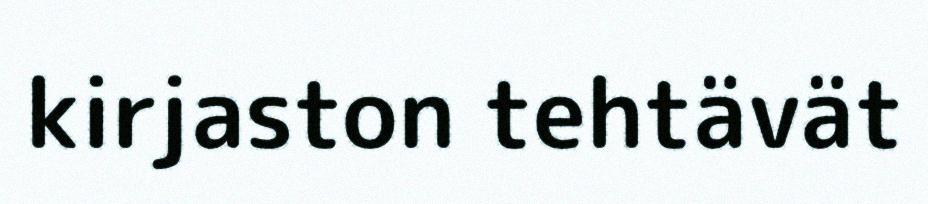
kirjaston tehtävät